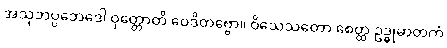
အသုဘပ္ပဘေဒေါ ဝုတ္တောတိ ဝေဒိတဗ္ဗော။ ဝိသေသတော စေတ္ထ ဥဒ္ဓုမာတကံ